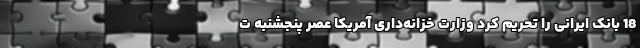
18 بانک ایرانی را تحریم کرد وزارت خزانه‌داری آمریکا عصر پنجشنبه ت